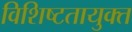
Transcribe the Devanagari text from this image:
विशिष्टतायुक्त